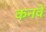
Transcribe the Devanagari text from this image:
कनवे